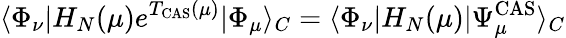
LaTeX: \langle\Phi_{\nu}|H_{N}(\mu)e^{T_{\mathrm{CAS}}(\mu)}|\Phi_{\mu}\rangle_{C}=\langle\Phi_{\nu}|H_{N}(\mu)|\Psi_{\mu}^{\mathrm{CAS}}\rangle_{C}